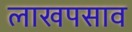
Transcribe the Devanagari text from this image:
लाखपसाव